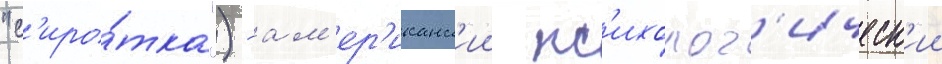
"с'иро́тка") - ам'ер'иканск'ии пс'ихолог'ическ'ии